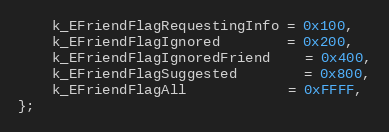
Language: C
	k_EFriendFlagRequestingInfo = 0x100,
	k_EFriendFlagIgnored		= 0x200,
	k_EFriendFlagIgnoredFriend	= 0x400,
	k_EFriendFlagSuggested		= 0x800,
	k_EFriendFlagAll			= 0xFFFF,
};